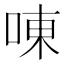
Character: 㖦